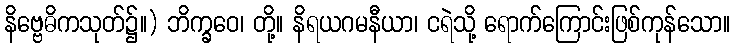
နိဗ္ဗေဓိကသုတ်၌။) ဘိက္ခဝေ၊ တို့။ နိရယဂမနီယာ၊ ငရဲသို့ ရောက်ကြောင်းဖြစ်ကုန်သော။